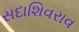
સદાશિવરાવ